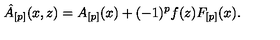
\hat { A } _ { [ p ] } ( x , z ) = A _ { [ p ] } ( x ) + ( - 1 ) ^ { p } f ( z ) F _ { [ p ] } ( x ) .